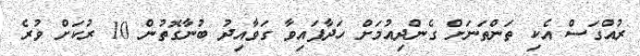
ރުއްގަސް އެކި ތަންތަނަށް ގެންދިއުމަށް ހަދާފައިވާ ގަވާއިދު ބުނާގޮތުން 10 ރުކަށް ވުރެ